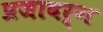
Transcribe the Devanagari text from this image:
प्रजावर्ग